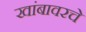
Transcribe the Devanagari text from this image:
खांबावरचे